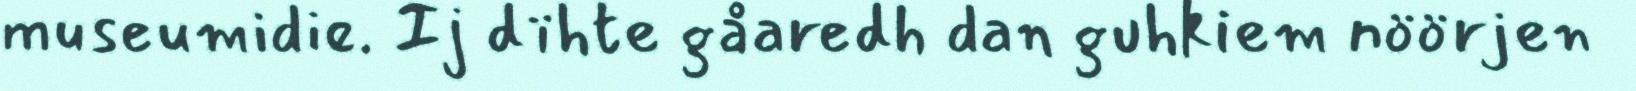
museumidie. Ij dïhte gåaredh dan guhkiem nöörjen